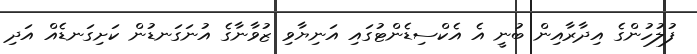
ފުލުހުންގެ އިދާރާއިން ބުނީ އެ އެކްސިޑެންޓުގައި އަނިޔާވި ޒުވާނާގެ އުނަގަނޑުން ކަށިގަނޑެއް އަދި